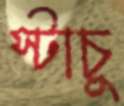
স্টাচু